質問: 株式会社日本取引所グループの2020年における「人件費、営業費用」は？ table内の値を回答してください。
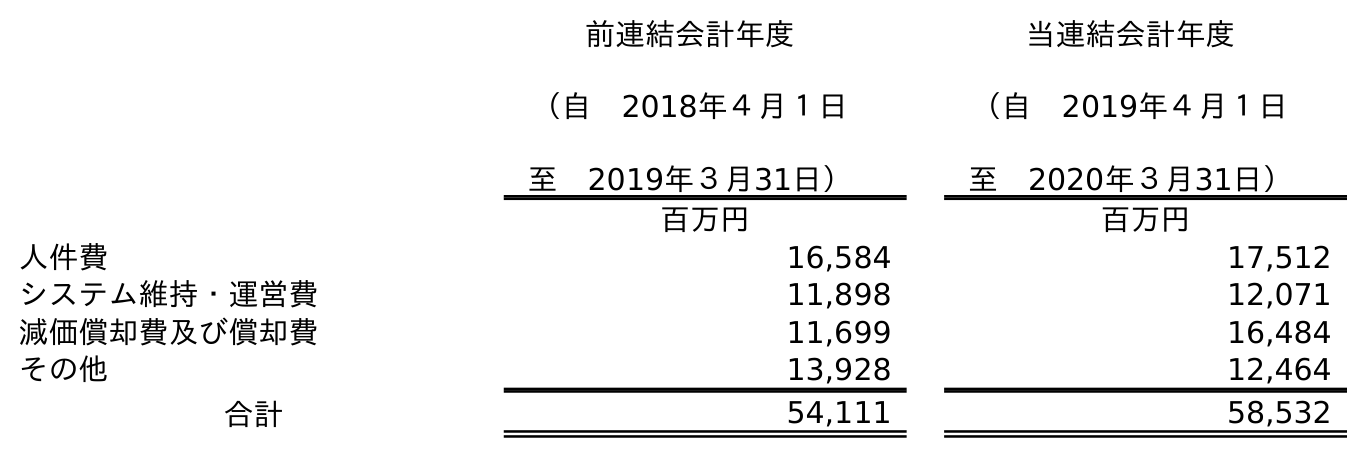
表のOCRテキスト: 前連結会計年度 （自 2018年４月１日 至 2019年３月31日） 当連結会計年度 （自 2019年４月１日 至 2020年３月31日） 百万円 百万円 人件費 16,584 17,512 システム維持・運営費 11,898 12,071 減価償却費及び償却費 11,699 16,484 その他 13,928 12,464 合計 54,111 58,532
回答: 17,512